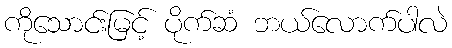
ကိုသောင်းမြင့် ပိုက်ဆံ ဘယ်လောက်ပါလဲ